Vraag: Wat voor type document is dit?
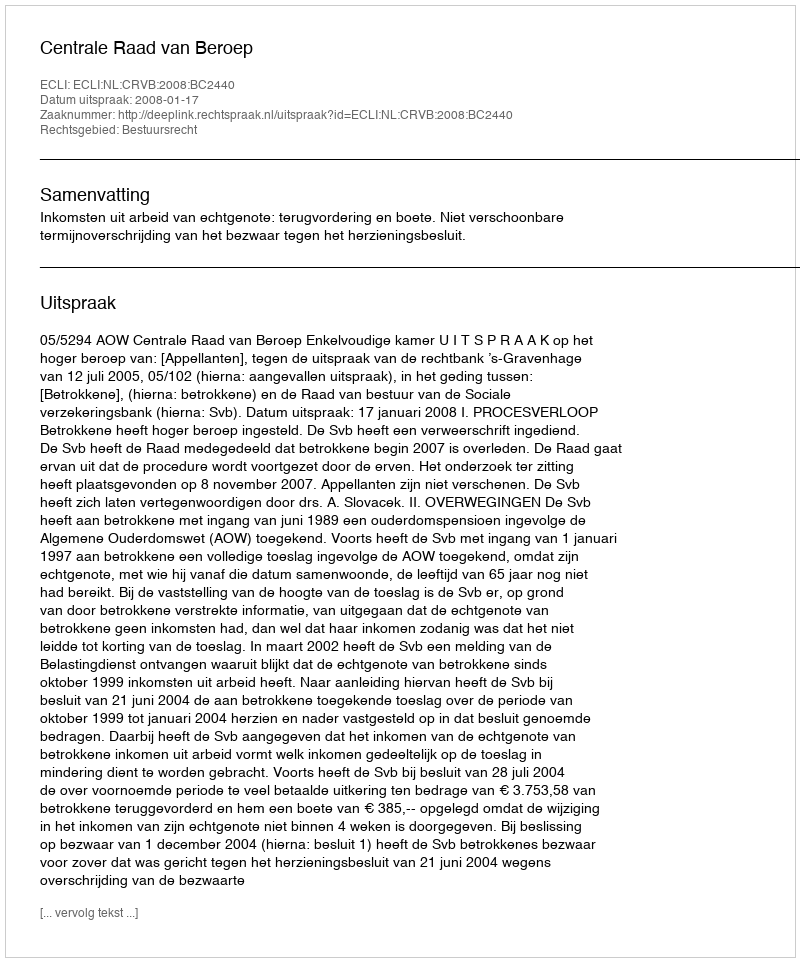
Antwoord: Uitspraak